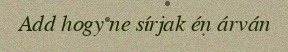
Add hogy ne sírjak én árván